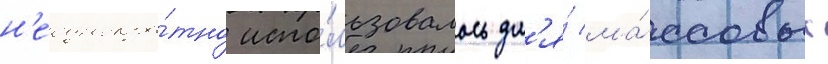
н'еоднокра́тно испо́льзовалось дл'я́ ма́ссовых